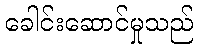
ခေါင်းဆောင်မှုသည်